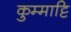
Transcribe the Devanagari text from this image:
कुम्माट्टि